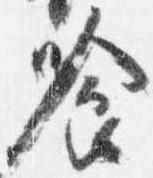
喰